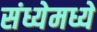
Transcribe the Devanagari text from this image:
संध्येमध्ये